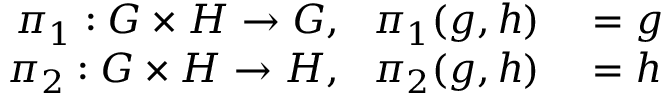
\begin{array} { r l } { \pi _ { 1 } : G \times H \to G , \ \ \pi _ { 1 } ( g , h ) } & { { } = g } \\ { \pi _ { 2 } : G \times H \to H , \ \ \pi _ { 2 } ( g , h ) } & { { } = h } \end{array}